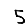
Digit: 5